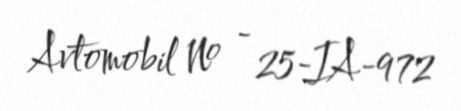
Avtomobil № - 25-IA-972